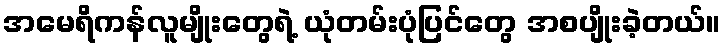
အမေရိကန်လူမျိုးတွေရဲ့ ယုံတမ်းပုံပြင်တွေ အစပျိုးခဲ့တယ်။